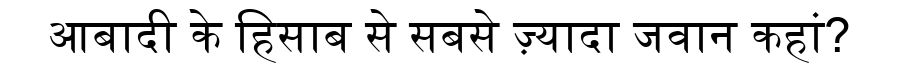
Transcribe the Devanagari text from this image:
आबादी के हिसाब से सबसे ज़्यादा जवान कहां?